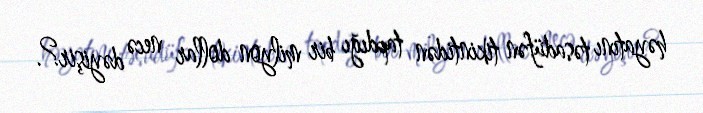
həyatını təsadüfən tikintidən tapdığı bir milyon dollar necə dəyişir?.